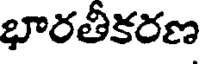
భారతీకరణ